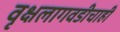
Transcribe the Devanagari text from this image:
वृक्षलागवडीचाही